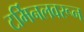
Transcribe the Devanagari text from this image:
टर्मिनलवरून